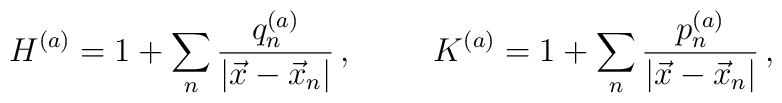
H^{(a)}=1 +\sum_{n}\frac{q_{n}^{(a)}}{|\vec{x}-\vec{x}_{n}|}\, ,\hspace{1cm}K^{(a)}=1 +\sum_{n}\frac{p^{(a)}_{n}}{|\vec{x}-\vec{x}_{n}|}\, ,